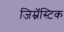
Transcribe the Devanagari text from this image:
जिम्नॅस्टिक